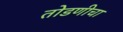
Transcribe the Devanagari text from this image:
तोडणीचा